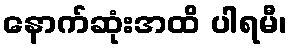
နောက်ဆုံးအထိ ပါရမီ၊